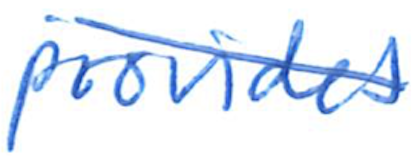
Text: provides
Cross-out: diagonal
Writing tool: ballpoint